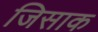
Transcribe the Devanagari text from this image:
जिसाक